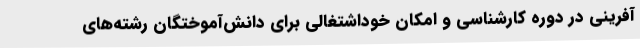
آفرینی در دوره کارشناسی و امکان خوداشتغالی برای دانش‌آموختگان رشته‌های